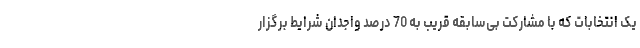
یک انتخابات که با مشارکت بی‌سابقه قریب به 70 درصد واجدان شرایط برگزار